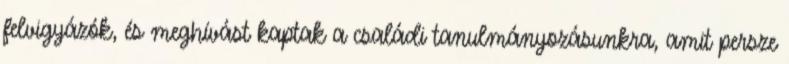
felvigyázók, és meghívást kaptak a családi tanulmányozásunkra, amit persze